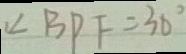
\angle B P F = 3 0 ^ { \circ }